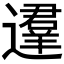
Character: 𰻚